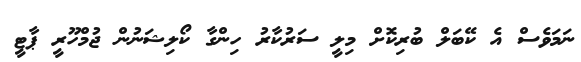
ނަމަވެސް އެ ކޭބަލް ބުރިކޮށް މިލީ ސަރުކާރު ހިންގާ ކޯލިޝަނުން ޖުމްހޫރީ ޕާޓީ